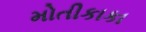
મોતીકાકા